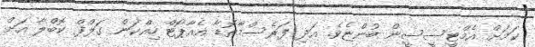
ކަމަށް އެމްޓީސީސީން ބުންޏެވެ. އަދި ފަރެސްމާތޮޑާ އެއާޕޯޓް ހިއްކަން ގަލްފް ކޮބްލާ އަށް